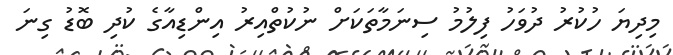
މިދިޔަ ހުކުރު ދުވަހު ފިލުމު ސިނަމާތަކަށް ނުކުތްއިރު އިންޑިއާގެ ކުދި ބޮޑު ގިނަ